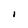
Character: I